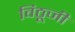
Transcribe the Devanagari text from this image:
विठूजी